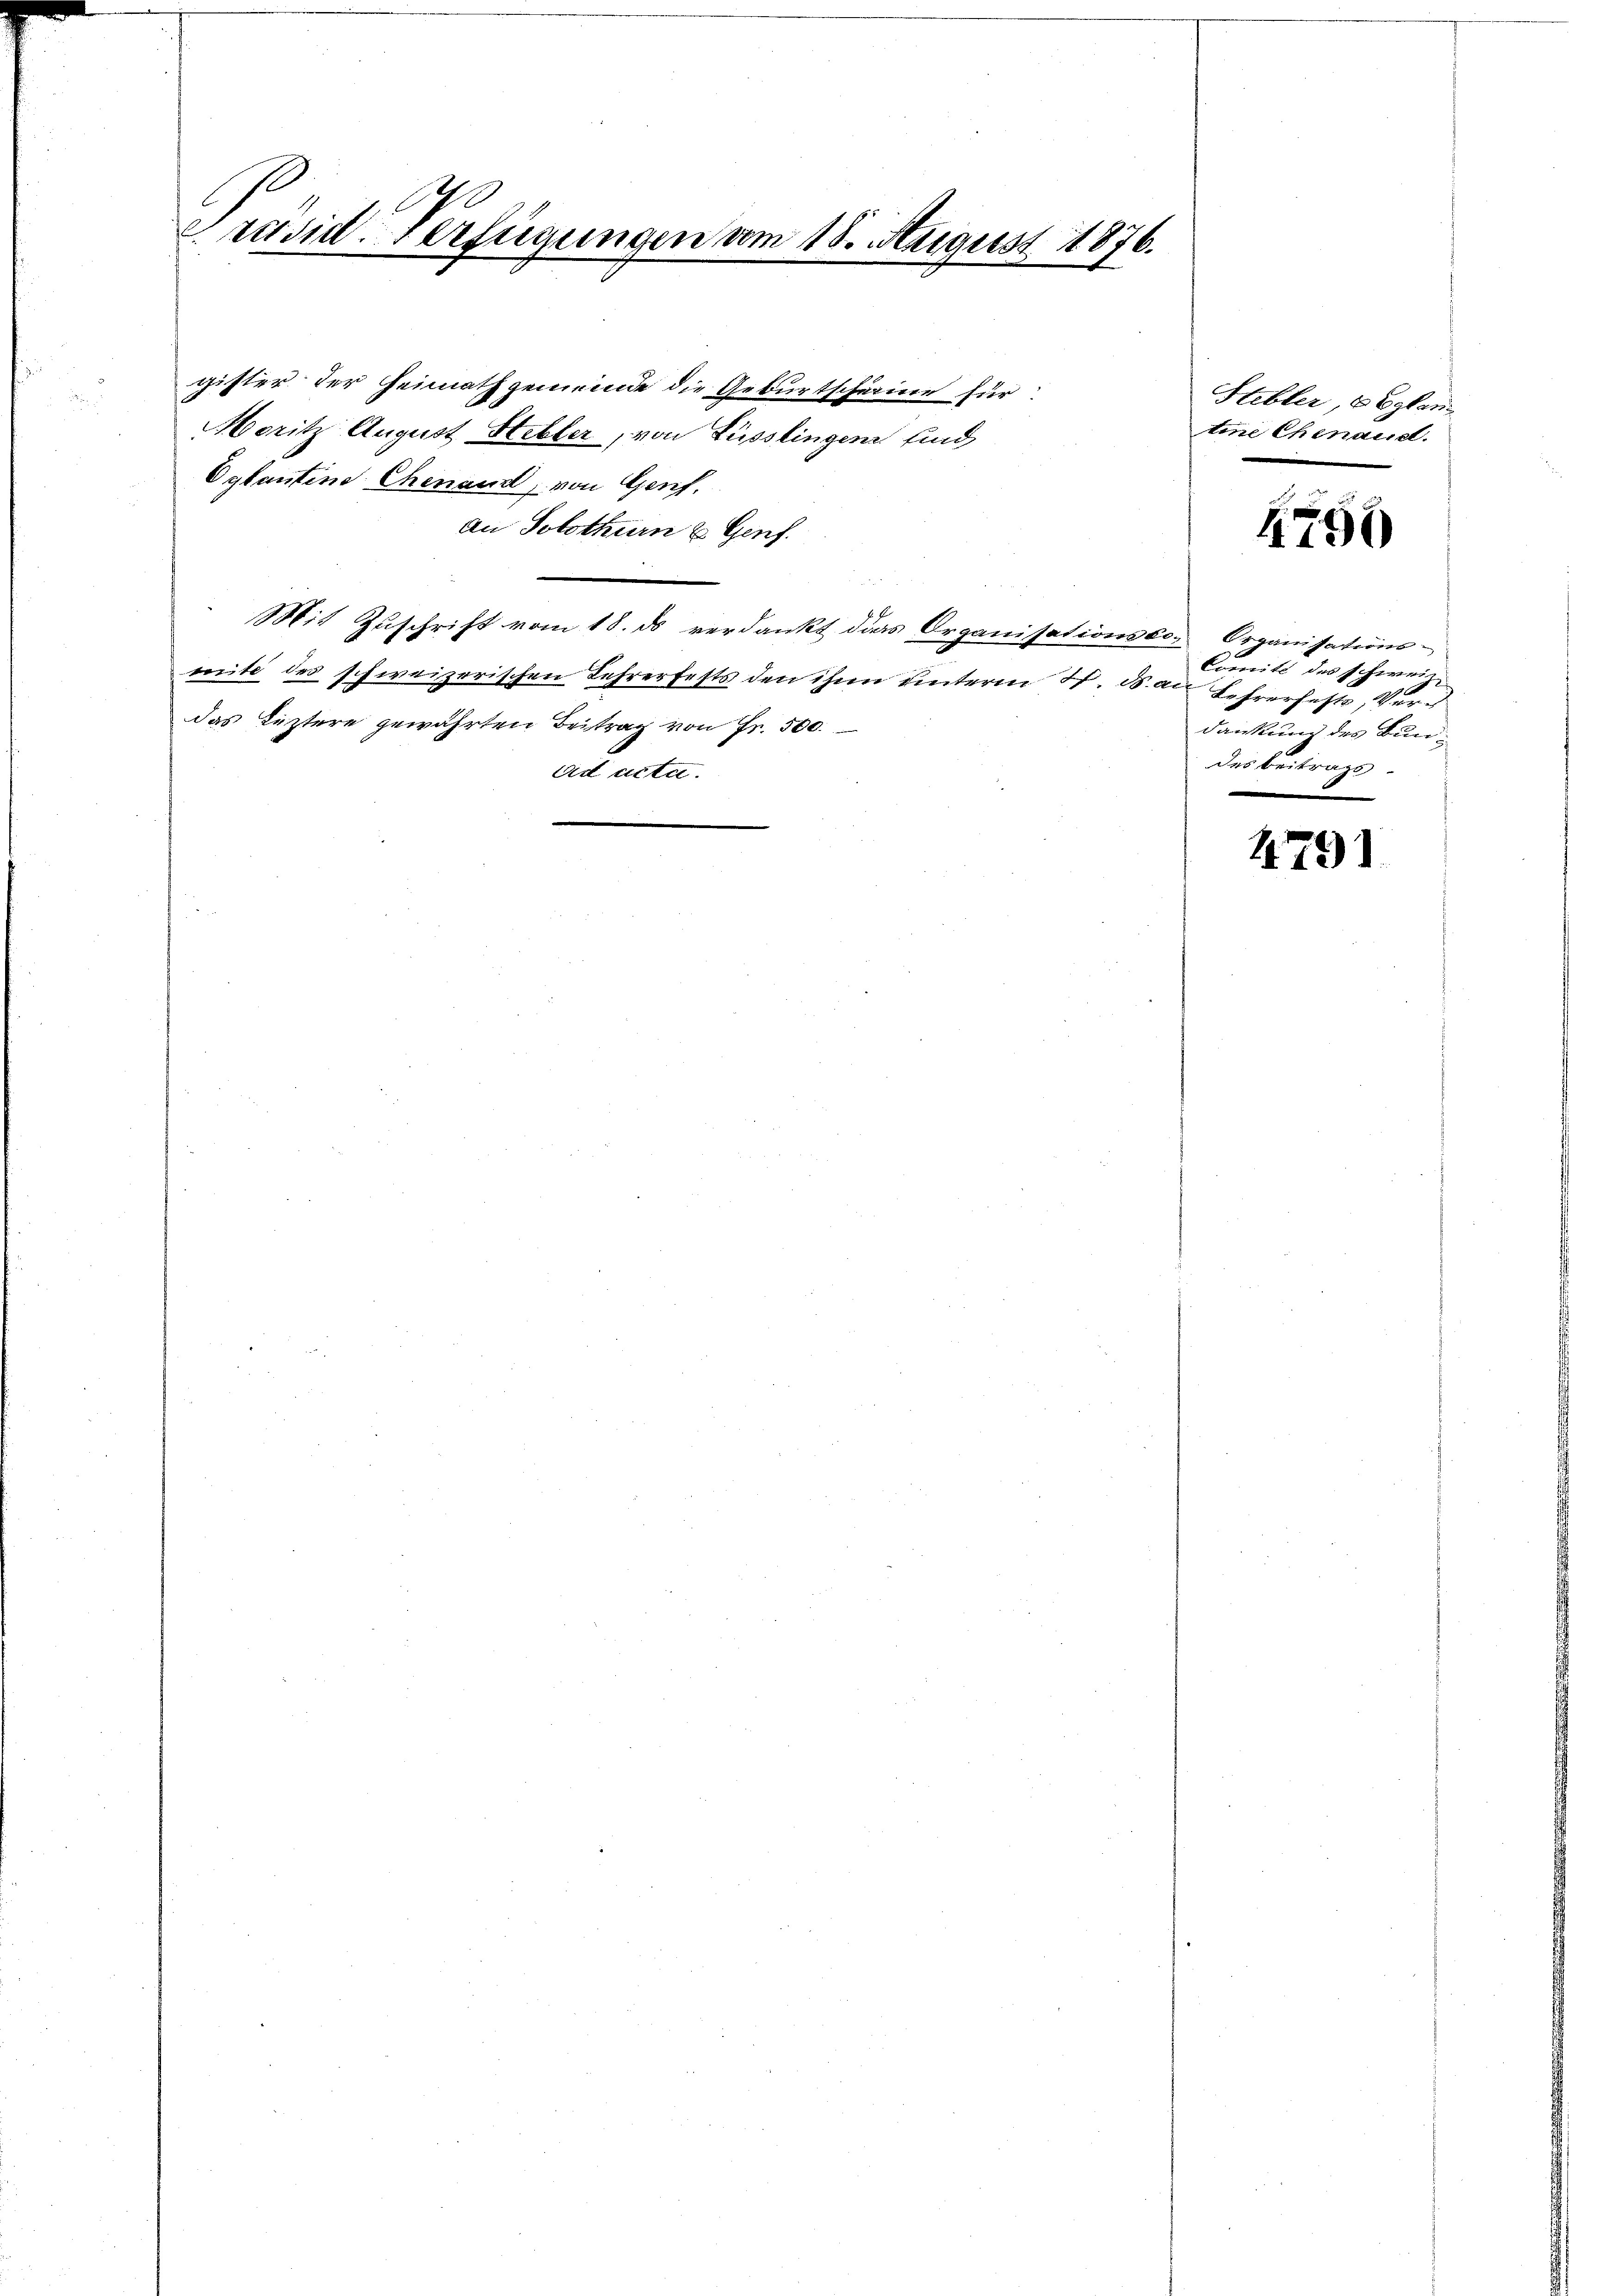
A
Präsid. Verfügungen vom 18. August 1876.

gister der Heimathgemeinde die Geburtschärine für
Moritz August Stebler, von Füsslingen sind
Oglantine Chenamt, von Genf.
an Solothurn u. Genf.
e
Mit Zuschrift vom 18. ds verdankt das Organisationsso- Organisations-
mite des schweizerischen Lehrerfests den ihm unterm 7. d. an Lehrerfest, Verdas Leztere gewährten Beitrag von Fr. 500.
ad acta.

Stibler, 6 Eglen
tine Chenaud.

1790

Comité des schweiz.
dankung des Bundes Beitrags

4791